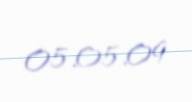
05.05.09